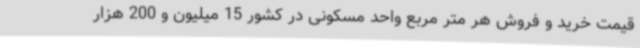
قیمت خرید و فروش هر متر مربع واحد مسکونی در کشور 15 میلیون و 200 هزار